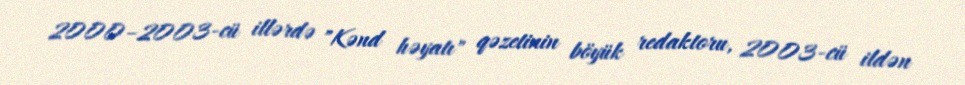
2000–2003-cü illərdə "Kənd həyatı" qəzetinin böyük redaktoru, 2003-cü ildən